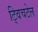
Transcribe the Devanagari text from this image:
ट्विचटेल